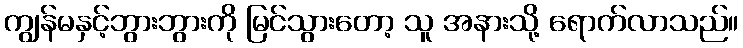
ကျွန်မနှင့်ဘွားဘွားကို မြင်သွားတော့ သူ အနားသို့ ရောက်လာသည်။